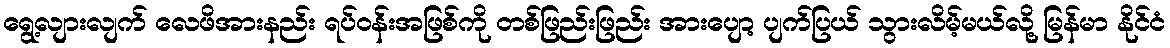
ရွေ့လျားလျက် လေဖိအားနည်း ရပ်၀န်းအဖြစ်ကို တစ်ဖြည်းဖြည်း အားပျော့ ပျက်ပြယ် သွားလိမ့်မယ်လို့ မြန်မာ နိုင်ငံ